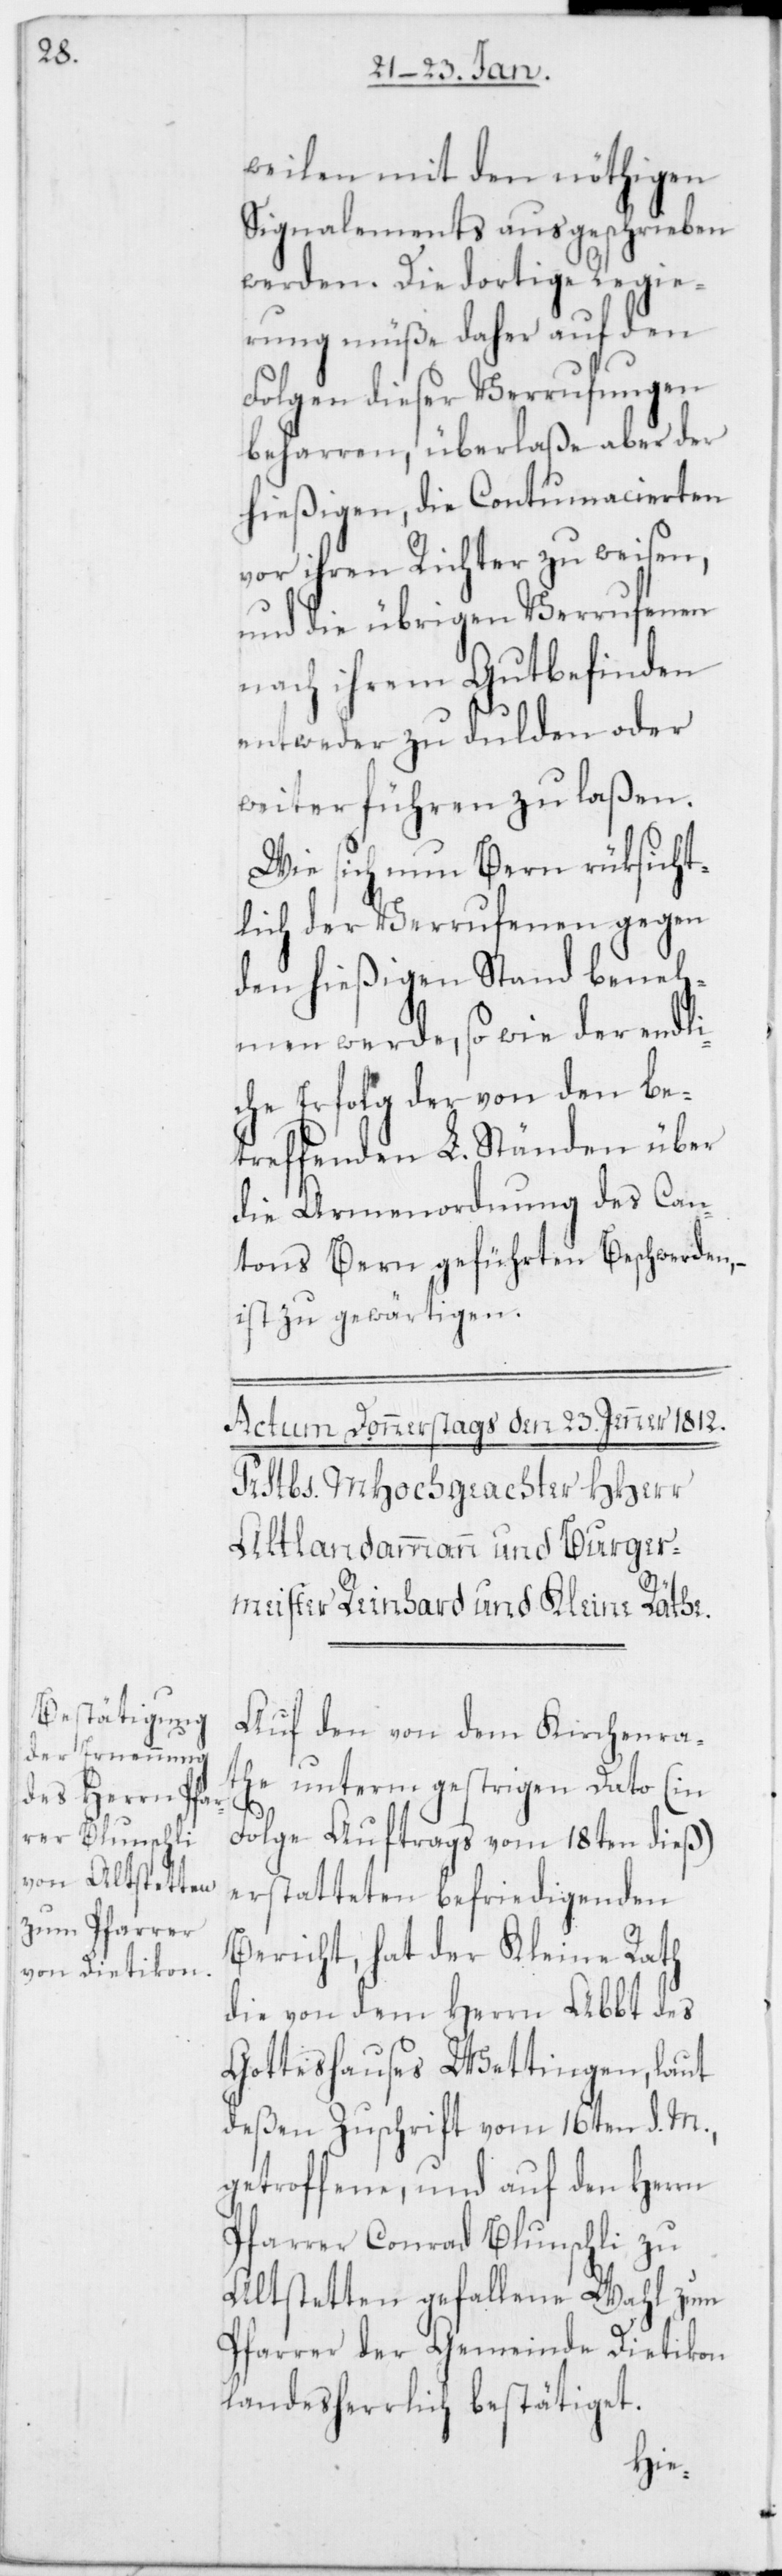
weilen mit den nöthigen
Signalements ausgeschrieben
werden. Die dortige Regie¬
rung müße daher auf den
Folgen dieser Verrufungen
beharren, überlaße aber der
hießigen, die Contumacierten
vor ihren Richter zu weisen,
und die übrigen Verrufenen
nach ihrem Gutbefinden
entweder zu dulden oder
weiterführen zu laßen.
Wie sich nun Bern rüksicht¬
lich der Verrufenen gegen
den hießigen Stand beneh¬
men werde, so wie der endli¬
che Erfolg der von den be¬
treffenden L. Ständen über
die Armenordnung des Can¬
tons Bern geführten Beschwerden,
ist zu gewärtigen.
Auf den von dem Kirchenra¬
the unterm gestrigen Dato (in
Folge Auftrags vom 18ten dieß)
erstatteten befriedigenden
Bericht, hat der Kleine Rath
die von dem Herrn Abbt des
Gotteshauses Wettingen, laut
deßen Zuschrift vom 16ten d. M.,
getroffene, und auf den Herrn
Pfarrer Conrad Blunschli zu
Altstetten gefallene Wahl zum
Pfarrer der Gemeinde Dietikon
landesherrlich bestätiget.